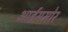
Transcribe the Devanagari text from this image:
आईसमोर